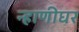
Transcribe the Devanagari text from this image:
न्हाणीघर